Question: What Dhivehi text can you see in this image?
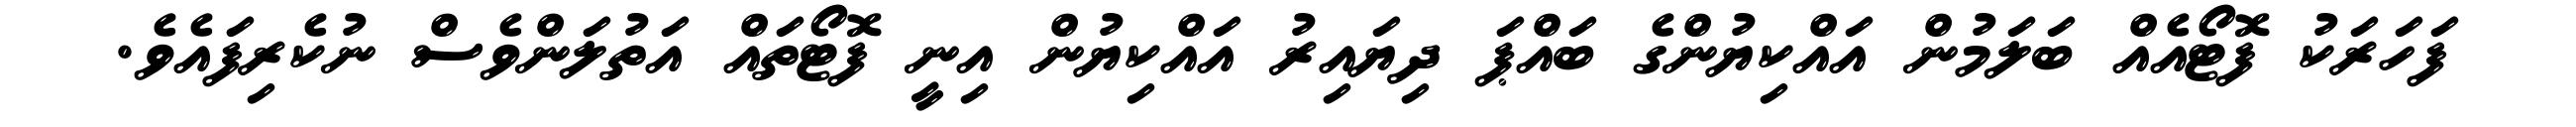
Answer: ފަހަރަކު ފޮޓޯއެއް ބަލަމުން އައްކިޔުންގެ ބައްޕަ ދިޔައިރު އައްކިޔުން އިނީ ފޮޓޯތައް އަތުލަންވެސް ނުކެރިފައެވެ.